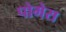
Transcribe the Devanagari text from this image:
पोमेस